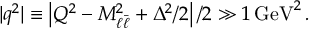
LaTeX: \operatorname * { l i m } _ { t \rightarrow 0 } \frac { \vartheta \left[ \begin{array} { c } { { 0 } } \\ { { \frac { 1 } { 2 } + k v _ { i } } } \end{array} \right] ( t ) } { \vartheta \left[ \begin{array} { c } { { \frac { 1 } { 2 } } } \\ { { \frac { 1 } { 2 } + k v _ { i } } } \end{array} \right] ( t ) } = \left\{ \begin{array} { r l } { { ( - 1 ) ^ { [ k v _ { i } ] + 1 } } } & { { v _ { j } > 0 } } \\ { { ( - 1 ) ^ { [ - k v _ { i } ] } } } & { { v _ { j } < 0 } } \end{array} \right.